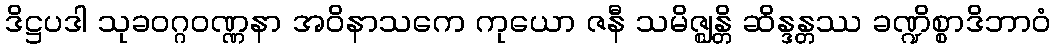
ဒိဋ္ဌပဒါ သုခဝဂ္ဂဝဏ္ဏနာ အဝိနာသကေ ကုယော ဇနီ သမိဇ္ဈန္တိ ဆိန္ဒန္တဿ ခဏ္ဍိစ္စာဒိဘာဝံ